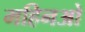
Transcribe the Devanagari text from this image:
महिनओ